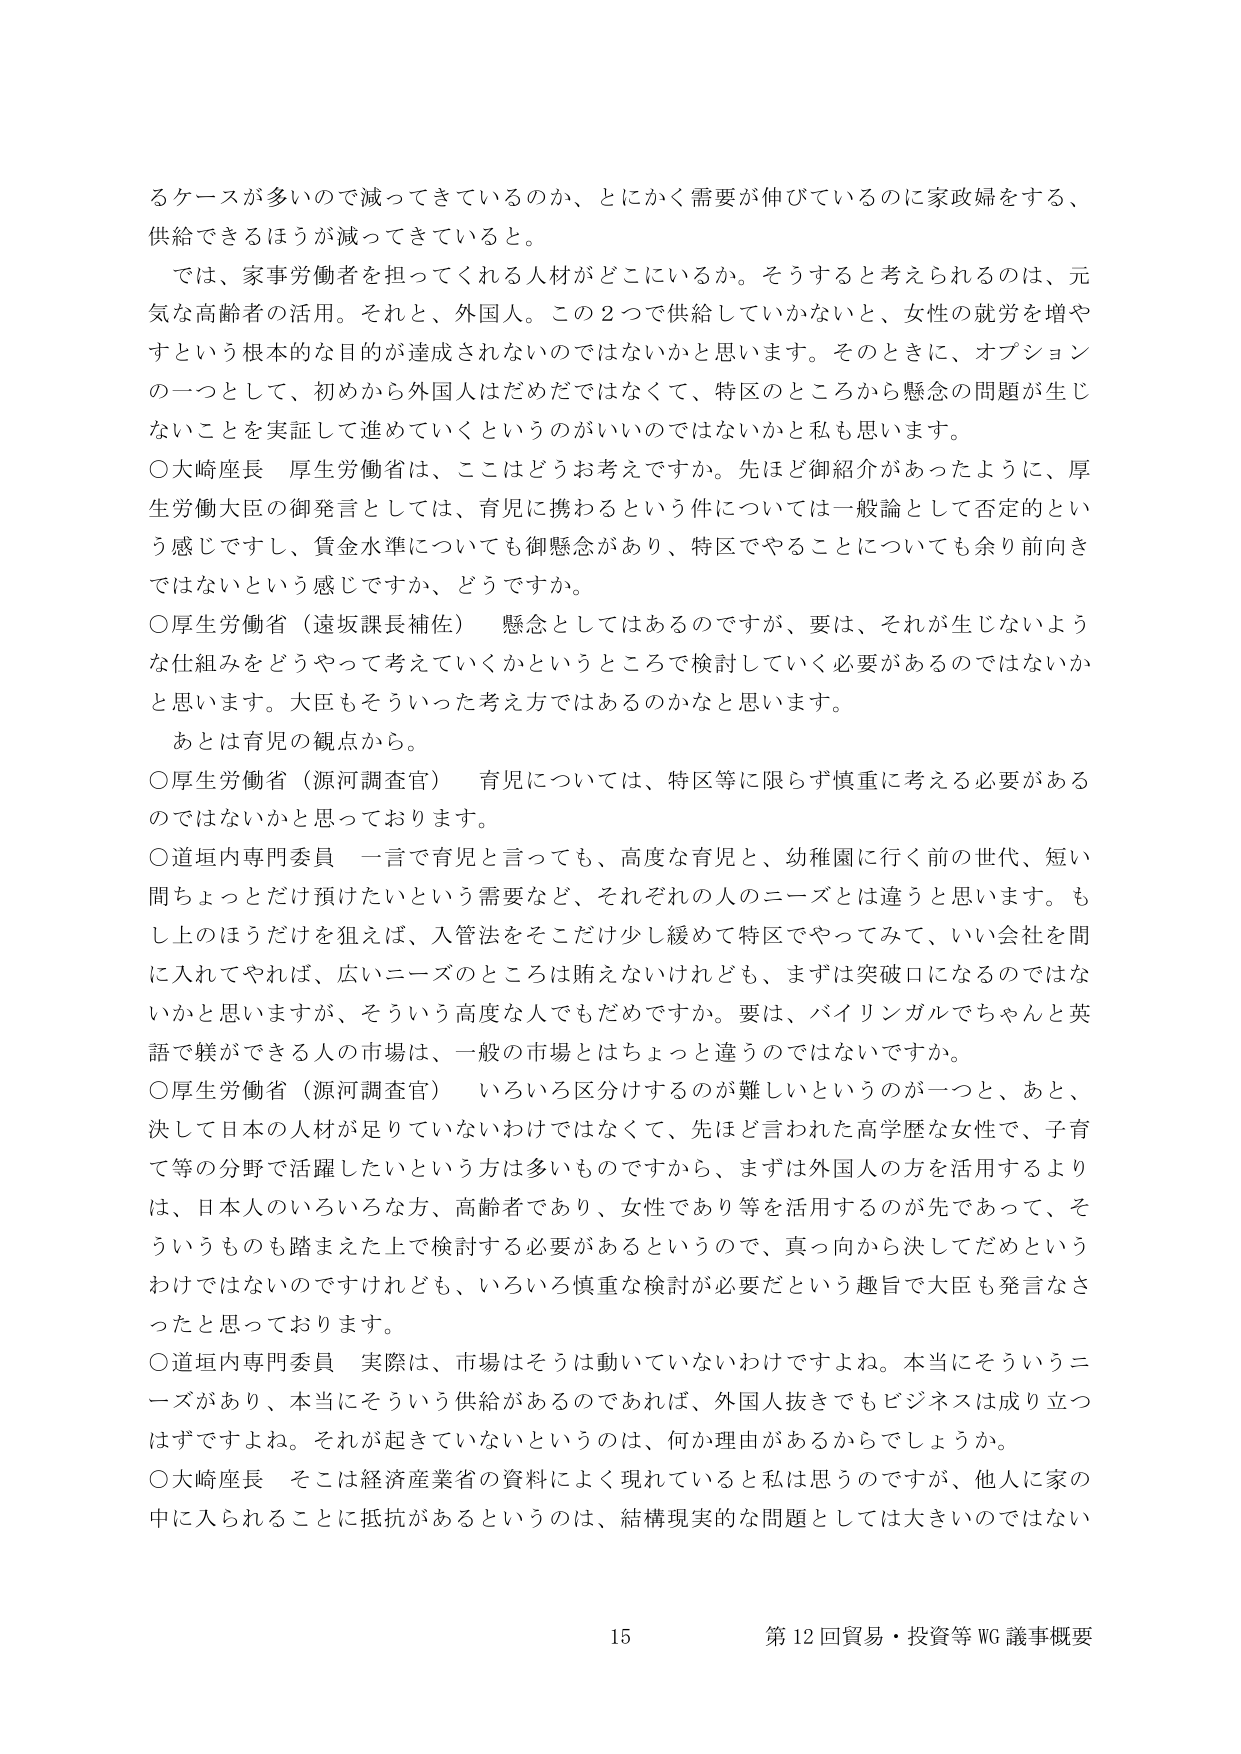
るケースが多いので減ってきているのか、とにかく需要が伸びているのに家政婦をする、供給できるほうが減ってきていると。

では、家事労働者を担ってくれる人材がどこにいるか。そうすると考えられるのは、元気な高齢者の活用。それと、外国人。この２つで供給していかないと、女性の就労を増やすという根本的な目的が達成されないのではないかと思います。そのときに、オプションの一つとして、初めから外国人はだめだではなくて、特区のところから懸念の問題が生じないことを実証して進めていくというのがいいのではないかと私も思います。

○大崎座長　厚生労働省は、ここはどうお考えですか。先ほど御紹介があったように、厚生労働大臣の御発言としては、育児に携わるという件については一般論として否定的という感じですし、賃金水準についても御懸念があり、特区でやることについても余り前向きではないという感じですか、どうですか。

○厚生労働省（遠坂課長補佐）　懸念としてはあるのですが、要は、それが生じないような仕組みをどうやって考えていくかというところで検討していく必要があるのではないかと思います。大臣もそういった考え方ではあるのかなと思います。

　あとは育児の観点から。

○厚生労働省（源河調査官）　育児については、特区等に限らず慎重に考える必要があるのではないかと思っております。

○道垣内専門委員　一言で育児と言っても、高度な育児と、幼稚園に行く前の世代、短い間ちょっとだけ預けたいという需要など、それぞれの人のニーズとは違うと思います。もし上のほうだけを狙えば、入管法をそこだけ少し緩めて特区でやってみて、いい会社を間に入れてやれば、広いニーズのところは賄えないけれども、まずは突破口になるのではないかと思いますが、そういう高度な人でもだめですか。要は、バイリンガルでちゃんと英語で躾ができる人の市場は、一般の市場とはちょっと違うのではないですか。

○厚生労働省（源河調査官）　いろいろ区分けするのが難しいというのが一つと、あと、決して日本の人材が足りていないわけではなくて、先ほど言われた高学歴な女性で、子育て等の分野で活躍したいという方は多いものですから、まずは外国人の方を活用するよりは、日本人のいろいろな方、高齢者であり、女性であり等を活用するのが先であって、そういうものも踏まえた上で検討する必要があるというので、真っ向から決してだめというわけではないのですけれども、いろいろ慎重な検討が必要だという趣旨で大臣も発言なさったと思っております。

○道垣内専門委員　実際は、市場はそうは動いていないわけですよね。本当にそういうニーズがあり、本当にそういう供給があるのであれば、外国人抜きでもビジネスは成り立つはずですよね。それが起きていないというのは、何か理由があるからでしょうか。

○大崎座長　そこは経済産業省の資料によく現れていると思うのですが、他人に家の中に入られることに抵抗があるというのは、結構現実的な問題としては大きいのではない

15　第12回貿易・投資等WG議事概要